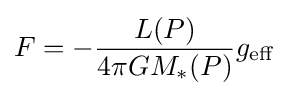
F=-{\frac {L(P)}{4\pi GM_{*}(P)}}g_{\text{eff}}